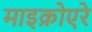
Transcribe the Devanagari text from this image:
माइक्रोएरे